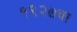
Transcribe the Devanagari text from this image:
१९२७चा